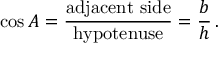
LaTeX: \cos A = { \frac { \mathrm { a d j a c e n t ~ s i d e } } { \mathrm { h y p o t e n u s e } } } = { \frac { b } { h } } \, .